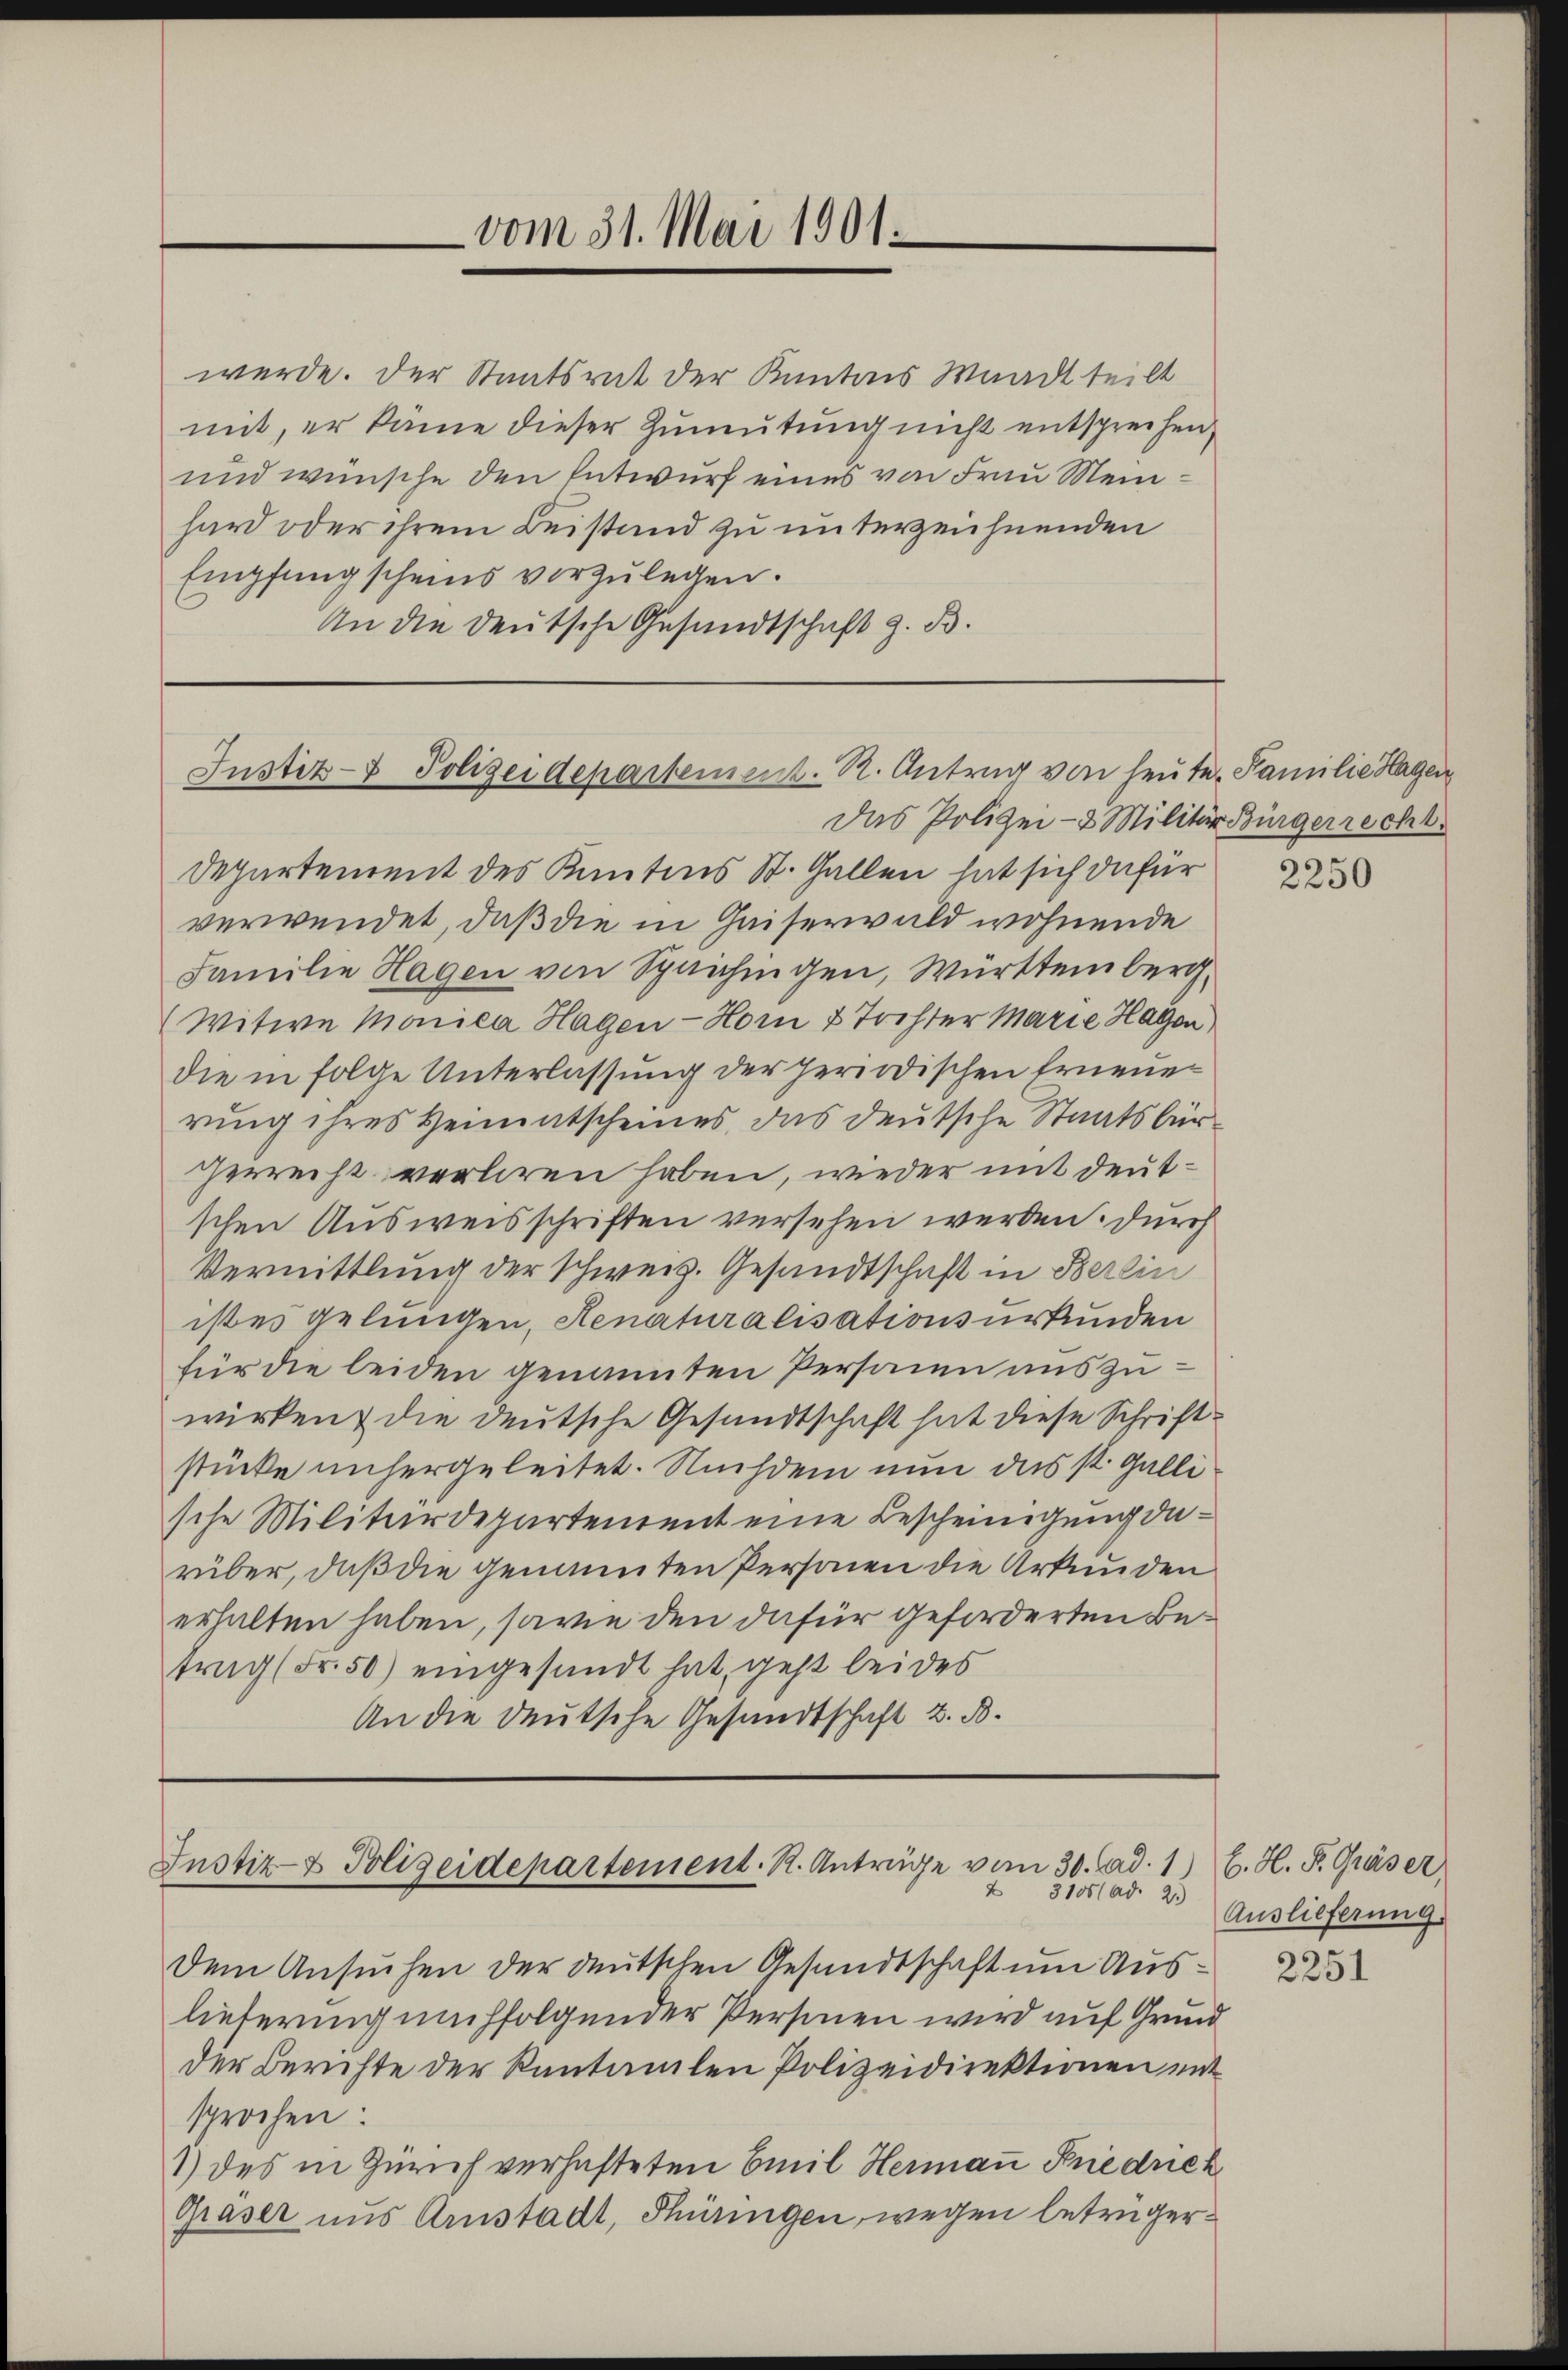
- vom 31. Mai 1901.

werde. Der Staatsrat der Kantons Waadt teilt
mit, er käme dieser Zumutung nicht entsprechen,
und wünsche den Entwurf eines von Frau Meinhard oder ihrem Beistand zu unterzeichnenden
Empfang scheins vorzulegen.
An die deutsche Gesandtschaft z. B.

Justiz- & Polizeidepartement. R. Antrag von heute Familie Hagen

Justiz- & Polizeidepartement. R. Anträge vom 30. Mad. 1) C. H. F. Gräser,
 31001 ad. 2.)

Das Polizei- & Militär Bürgerrecht.
Departement des Kantons St. Gallen hat sich dafür
verwendet, daß die in Gaiserwald wohnende
Familie Hagen von Speichingen, Württemberg.
(Witwe Monica Hagen-Hor 2 Tochter Marie Hagen
die in folge Unterlassung der periodischen Erneuer
rung ihres Heimatscheines, das deutsche Staatsbür¬
Herrecht verlieren haben, wieder mit deutschen Ausweisschriften versehen werden. Durch
Vermittlung der Schweiz. Gesandtschaft in Berlin
ist es gelungen, Senaturalisationsurkunden
für die leiden genannten Personen uns zuwirken die deutsche Gesandtschaft hat diese Schriftstücke unsergeleitet. Nachdem nun das st. Galli
sche Militärdepartement eine Bescheinigung darüber, daß die genannten Personen die Urkunden
erhalten haben, sowie den dafür geforderten Betrag (Fr. 50) eingesandt hat, geht bei des
An die deutsche Gesandtschaft z. B.

Dem Ansuchen der deutschen Gesandtschaft um Auslieferung nachfolgender Personen wird auf Grund
der Berichte der Kantamilen Polizeidirektionen ent
sprochen:
1) des in Zürich verhafteten Emil Hermaṅ Friedrich
Gräser aus Arnstadt, Thüringen, wegen betrüger¬

2250

Auslieferung

2251